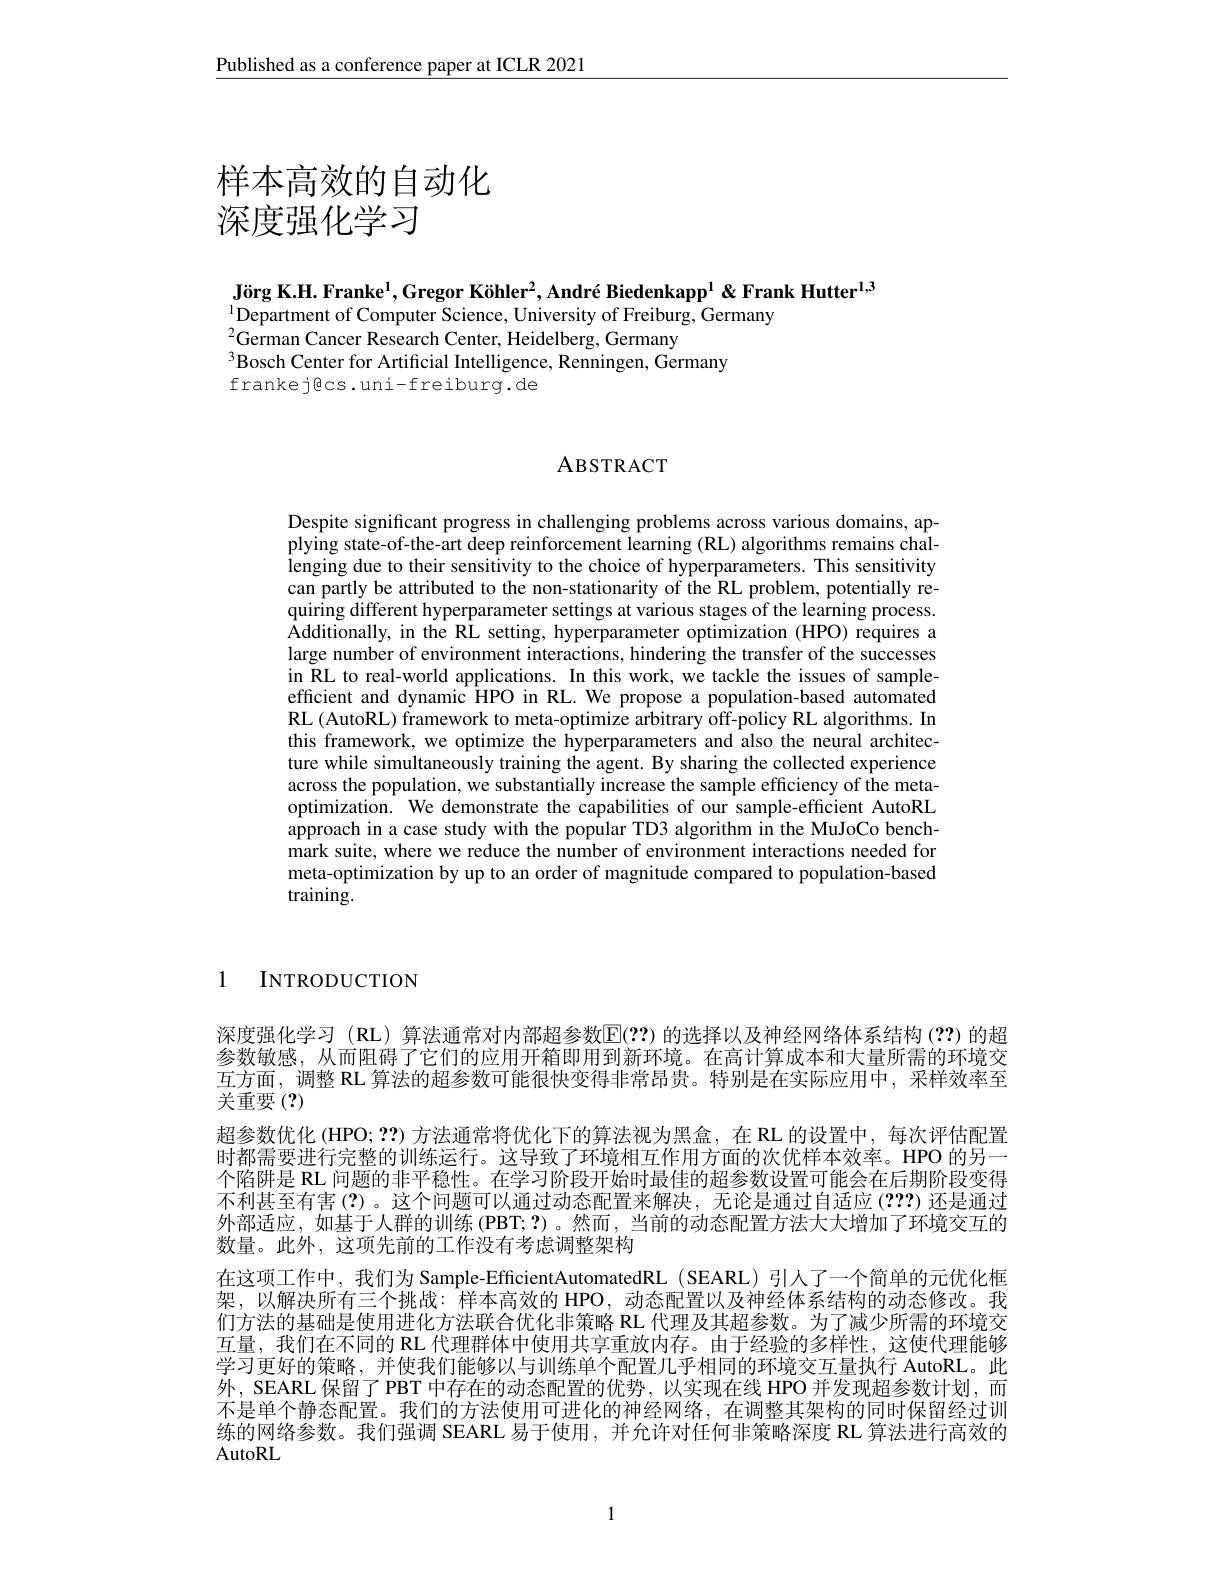
$\underline{\text{Published as a conference paper at ICLR 2021}}$

# 样本高效的自动化深度强化学习

Jörg K.H. Franke$^1,\text{Gregor K\"{o}hler}^2,\text{Andr\'{e}Biedenkapp}^1$&Frank Hutter$^1,3$
$^{1}$Department of Computer Science, University of Freiburg, Germany
$^{2}\hat{\text{German Cancer Research Center, Heidelberg, Germany}}$

$^{3}$Bosch Center for Artificial Intelligence, Renningen, Germany
frankej@cs.uni-freiburg.de

## ABSTRACT

Despite significant progress in challenging problems across various domains, applying state-of-the-art deep reinforcement learning (RL) algorithms remains challenging due to their sensitivity to the choice of hyperparameters. This sensitivity can partly be attributed to the non-stationarity of the RL problem, potentially requiring different hyperparameter settings at various stages of the learning process Additionally, in the RL setting, hyperparameter optimization (HPO) requires a large number of environment interactions, hindering the transfer of the successes in RL to real-world applications. In this work, we tackle the issues of sampleefficient and dynamic HPO in RL. We propose a population-based automated RL (AutoRL) framework to meta-optimize arbitrary off-policy RL algorithms. In this framework, we optimize the hyperparameters and also the neural architecture while simultaneously training the agent. By sharing the collected experience across the population, we substantially increase the sample efficiency of the metaoptimization. We demonstrate the capabilities of our sample-efficient AutoRL approach in a case study with the popular TD3 algorithm in the MuJoCo benchmark suite, where we reduce the number of environment interactions needed for meta-optimization by up to an order of magnitude compared to population-based training.

1 INTRODUCTION

深度强化学习 (RL) 算法通常对内部超参数$\overline{\mathrm{E}}(??)$ 的选择以及神经网络体系结构 (??)的超参数敏感，从而阻碍了它们的应用开箱即用到新环境。在高计算成本和大量所需的环境交互方面，调整 RL 算法的超参数可能很快变得非常昂贵。特别是在实际应用中，采样效率至关重要(?)
超参数优化 (HPO; ??)方法通常将优化下的算法视为黑盒，在 RL 的设置中，每次评估配置时都需要进行完整的训练运行。这导致了环境相互作用方面的次优样本效率。HPO 的另一个陷阱是 RL 问题的非平稳性。在学习阶段开始时最佳的超参数设置可能会在后期阶段变得不利甚至有害(?)。这个问题可以通过动态配置来解决，无论是通过自适应 (2??) 还是通过外部适应，如基于人群的训练(PBT;?)。然而，当前的动态配置方法大大增加了环境交互的数量。此外，这项先前的工作没有考虑调整架构
在这项工作中，我们为 Sample-EfficientAutomatedRL(SEARL)引人了一个简单的元优化框架，以解决所有三个挑战：样本高效的 HPO, 动态配置以及神经体系结构的动态修改。我们方法的基础是使用进化方法联合优化非策略 RL 代理及其超参数。为了减少所需的环境交互量，我们在不同的 RL 代理群体中使用共享重放内存。由于经验的多样性，这使代理能够学习更好的策略，并使我们能够以与训练单个配置几乎相同的环境交互量执行 AutoRL。此外，SEARL 保留了 PBT 中存在的动态配置的优势，以实现在线 HPO 并发现超参数计划，而不是单个静态配置。我们的方法使用可进化的神经网络，在调整其架构的同时保留经过训练的网络参数。我们强调 SEARL 易于使用，并允许对任何非策略深度 RL 算法进行高效的AutoRL

1